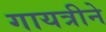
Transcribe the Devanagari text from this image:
गायत्रीने